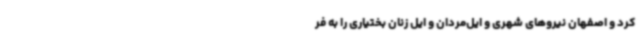
کرد و اصفهان نیروهای شهری و ایل‌مردان و ایل زنان بختیاری را به فر